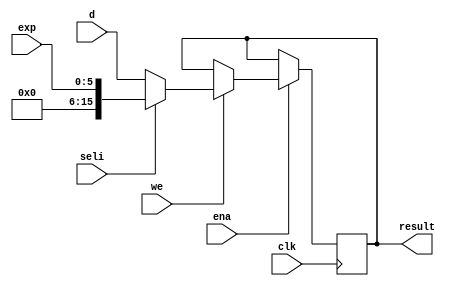
module oc54_treg (
	clk, ena,
	seli, we, 
	exp, d,
	result
	);

//
// parameters
//

//
// inputs & outputs
//
input         clk;
input         ena;
input         seli;              // select input
input         we;                // store result
input  [ 5:0] exp;               // exponent encoder input
input  [15:0] d;                 // DB input
output [15:0] result;

reg [15:0] result;

//
// variables
//

//
// module body
//

//
// generate input selection
//

// result
always@(posedge clk)
	if (ena)
		if (we)
			result <= #1 seli ? {10'h0, exp} : d;
endmodule